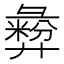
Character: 彜